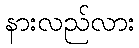
နားလည်လား